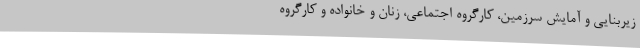
زیربنایی و آمایش سرزمین، کارگروه اجتماعی، زنان و خانواده و کارگروه